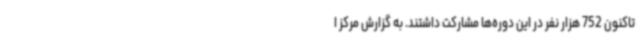
تاکنون 752 هزار نفر در این دوره‌ها مشارکت داشتند. به گزارش مرکز ا